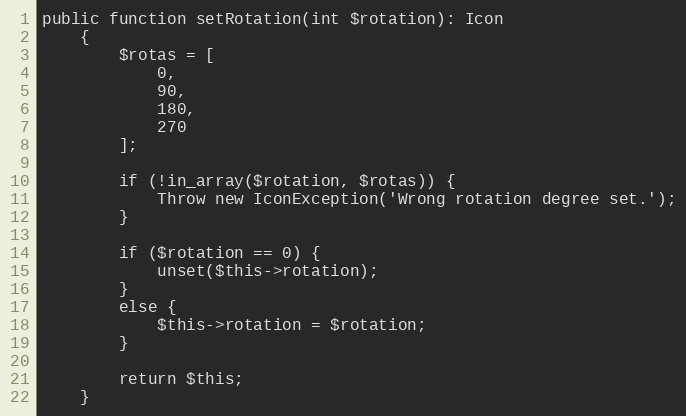
Language: PHP
public function setRotation(int $rotation): Icon
    {
        $rotas = [
            0,
            90,
            180,
            270
        ];

        if (!in_array($rotation, $rotas)) {
            Throw new IconException('Wrong rotation degree set.');
        }

        if ($rotation == 0) {
            unset($this->rotation);
        }
        else {
            $this->rotation = $rotation;
        }

        return $this;
    }